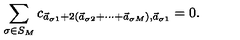
\sum _ { \sigma \in S _ { M } } c _ { \vec { a } _ { \sigma 1 } + 2 ( \vec { a } _ { \sigma 2 } + \cdots + \vec { a } _ { \sigma M } ) , \vec { a } _ { \sigma 1 } } = 0 .